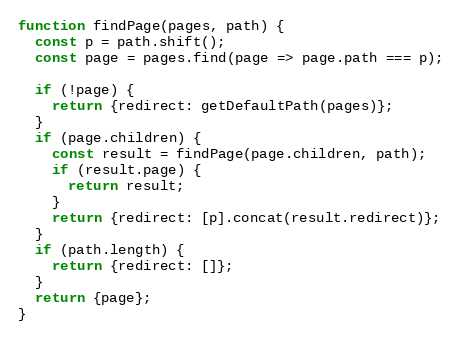
Language: JavaScript
function findPage(pages, path) {
  const p = path.shift();
  const page = pages.find(page => page.path === p);

  if (!page) {
    return {redirect: getDefaultPath(pages)};
  }
  if (page.children) {
    const result = findPage(page.children, path);
    if (result.page) {
      return result;
    }
    return {redirect: [p].concat(result.redirect)};
  }
  if (path.length) {
    return {redirect: []};
  }
  return {page};
}